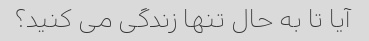
آیا تا به حال تنها زندگی می کنید؟